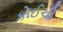
કોઈચી